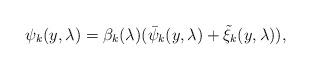
LaTeX: \begin{align*} \psi_{k}(y, \lambda)=\beta_k(\lambda)(\bar \psi_k(y, \lambda) + \tilde \xi_k(y, \lambda)),\end{align*}